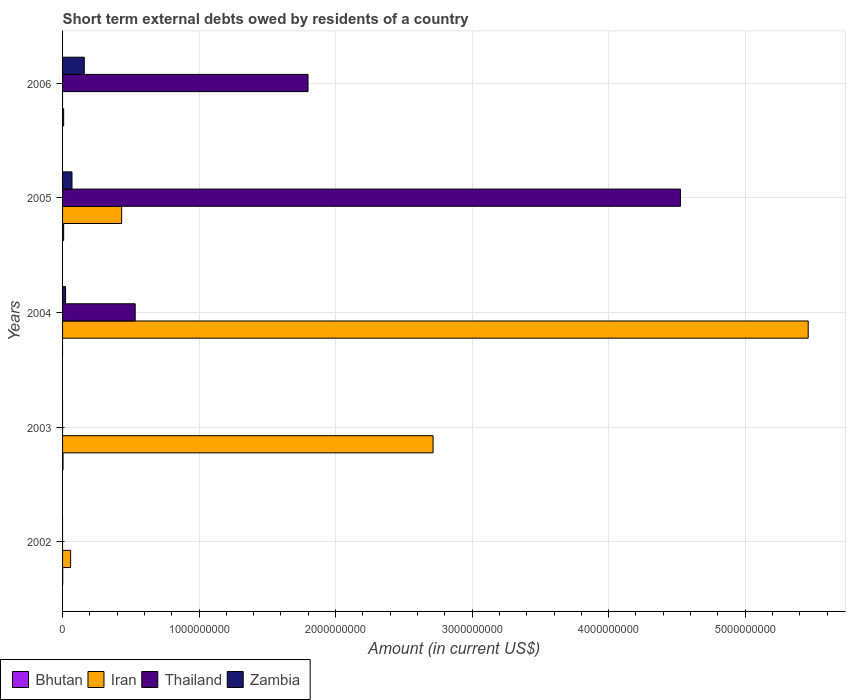
| Years | Bhutan | Iran | Thailand | Zambia |
 | --- | --- | --- | --- | --- |
 | 2002 | 9.93e+05 | 5.9e+07 | -1.3e+09 | -7.22e+07 |
 | 2003 | 3.38e+06 | 2.71e+09 | -9.63e+08 | -1.54e+07 |
 | 2004 | -4.4e+06 | 5.46e+09 | 5.32e+08 | 2.2e+07 |
 | 2005 | 8e+06 | 4.33e+08 | 4.53e+09 | 6.9e+07 |
 | 2006 | 8e+06 | -1.59e+09 | 1.8e+09 | 1.59e+08 |